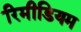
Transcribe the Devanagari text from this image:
रिमीडियम